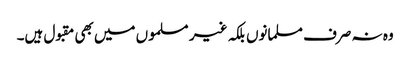
وہ نہ صرف مسلمانوں بلکہ غیر مسلموں میں بھی مقبول ہیں۔